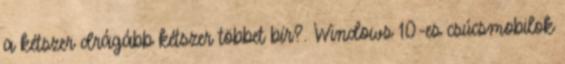
a kétszer drágább kétszer többet bír?. Windows 10-es csúcsmobilok